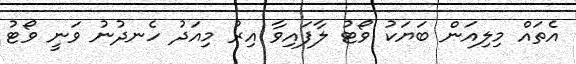
އެތައް މިލިއަން ބަޔަކު ވޯޓު ލާފައިވާ އިރު މިއަދު ހެނދުނު ވަނީ ވޯޓު